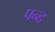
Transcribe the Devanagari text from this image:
पन्द